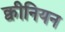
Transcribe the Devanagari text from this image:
क्वीनियन